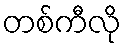
တစ်ကီလို